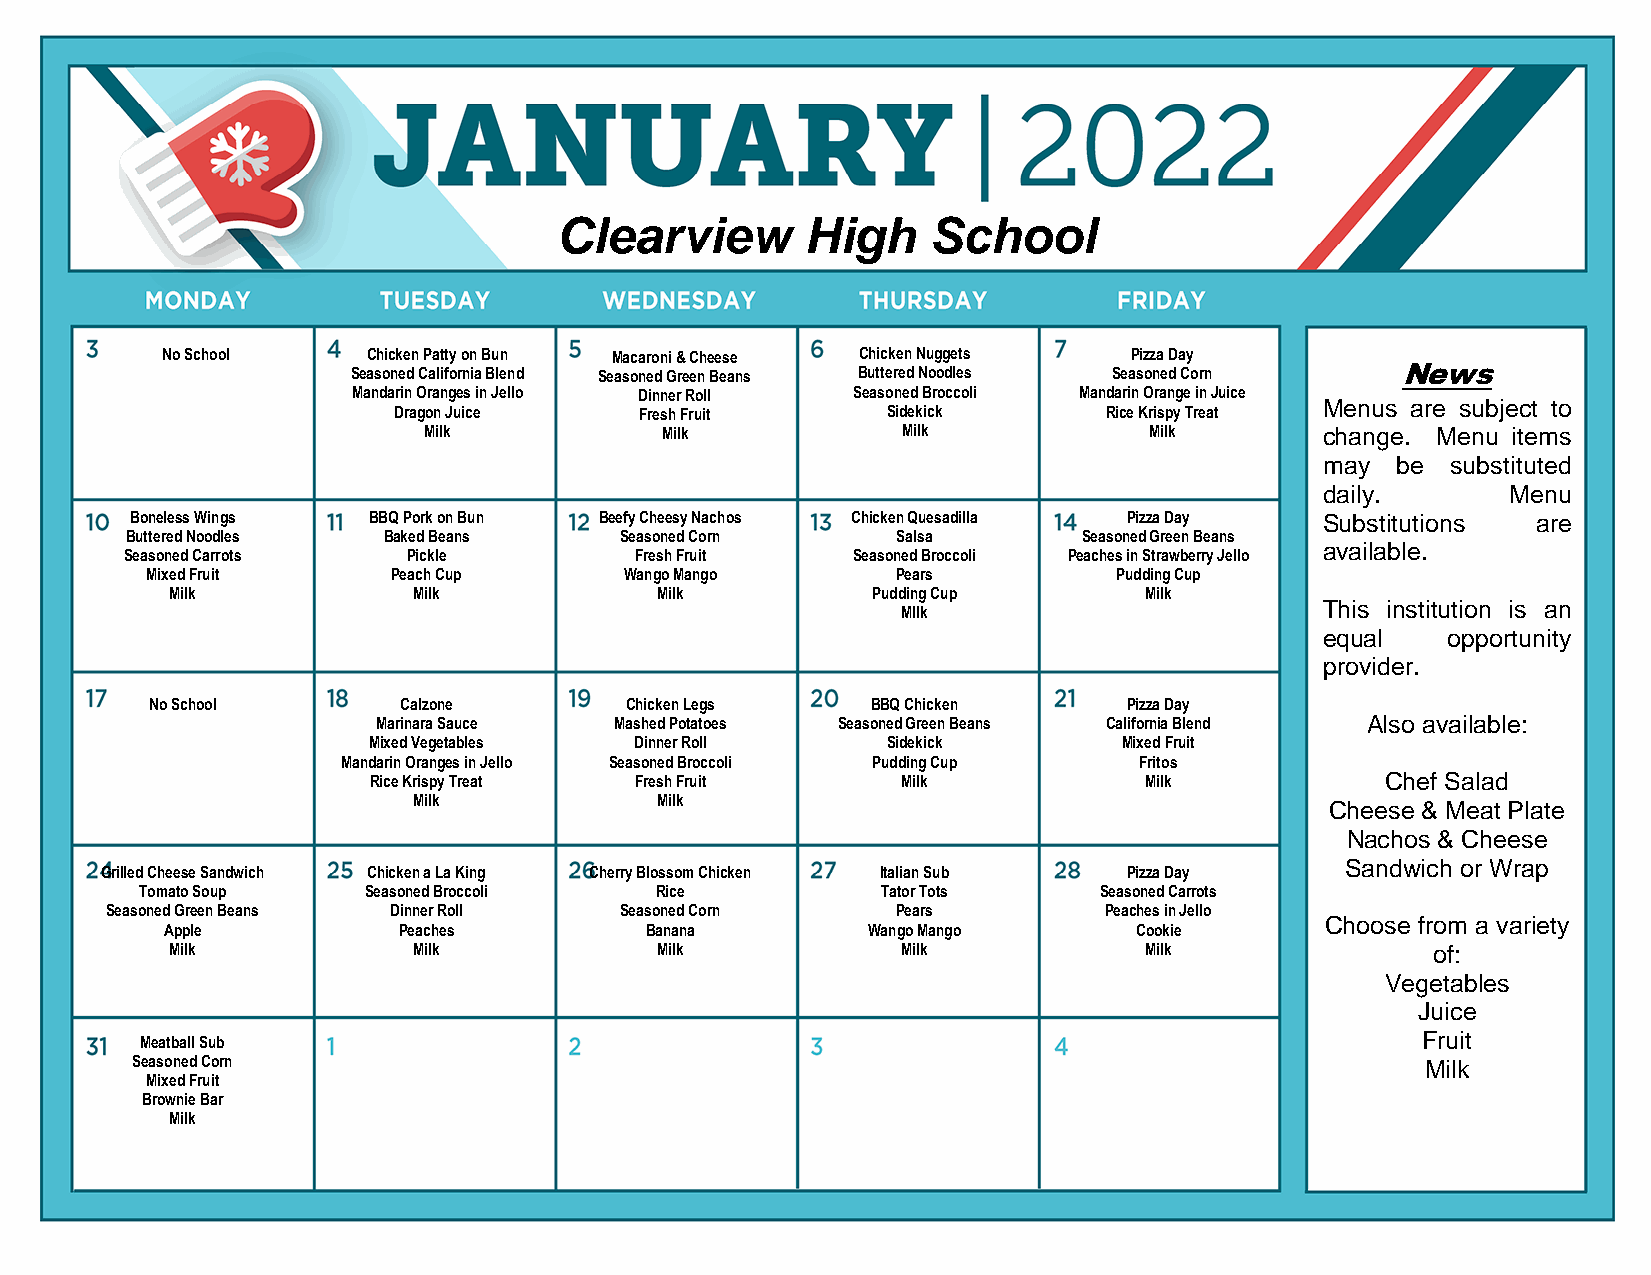
Clearview       High    School
 No School    Chicken Patty on Bun Macaroni & Cheese Chicken Nuggets Pizza Day
 Seasoned California Blend Seasoned Green Beans Buttered Noodles Seasoned Corn News
 Mandarin Oranges in Jello Dinner Roll Seasoned Broccoli Mandarin Orange in Juice
 Menus are subject to
 Dragon Juice    Fresh Fruit      Sidekick      Rice Krispy Treat
 Milk            Milk            Milk            Milk        change. Menu items
 may be  substituted
 daily.      Menu
 Boneless Wings BBQ Pork on Bun Beefy Cheesy Nachos Chicken Quesadilla Pizza Day Substitutions are
 Buttered Noodles Baked Beans     Seasoned Corn     Salsa        Seasoned Green Beans
 available.
 Seasoned Carrots   Pickle         Fresh Fruit   Seasoned Broccoli Peaches in Strawberry Jello
 Mixed Fruit     Peach Cup      Wango Mango       Pears          Pudding Cup
 Milk            Milk            Milk           Pudding Cup       Milk
 This institution is an
 MIlk
 equal   opportunity
 provider.
 No School       Calzone        Chicken Legs     BBQ Chicken      Pizza Day
 Marinara Sauce  Mashed Potatoes Seasoned Green Beans California Blend Also available:
 Mixed Vegetables  Dinner Roll      Sidekick       Mixed Fruit
 Mandarin Oranges in Jello Seasoned Broccoli Pudding Cup Fritos
 Rice Krispy Treat Fresh Fruit       Milk            Milk            Chef Salad
 Milk            Milk
 Cheese & Meat Plate
 Nachos & Cheese
 Sandwich or Wrap
 Grilled Cheese Sandwich Chicken a La King Cherry Blossom Chicken Italian Sub Pizza Day
 Tomato Soup    Seasoned Broccoli  Rice           Tator Tots     Seasoned Carrots
 Seasoned Green Beans Dinner Roll  Seasoned Corn     Pears         Peaches in Jello
 Choose from a variety
 Apple          Peaches          Banana        Wango Mango       Cookie
 Milk            Milk            Milk             Milk            Milk               of:
 Vegetables
 Juice
 Meatball Sub                                                                         Fruit
 Seasoned Corn                                                                        Milk
 Mixed Fruit
 Brownie Bar
 Milk